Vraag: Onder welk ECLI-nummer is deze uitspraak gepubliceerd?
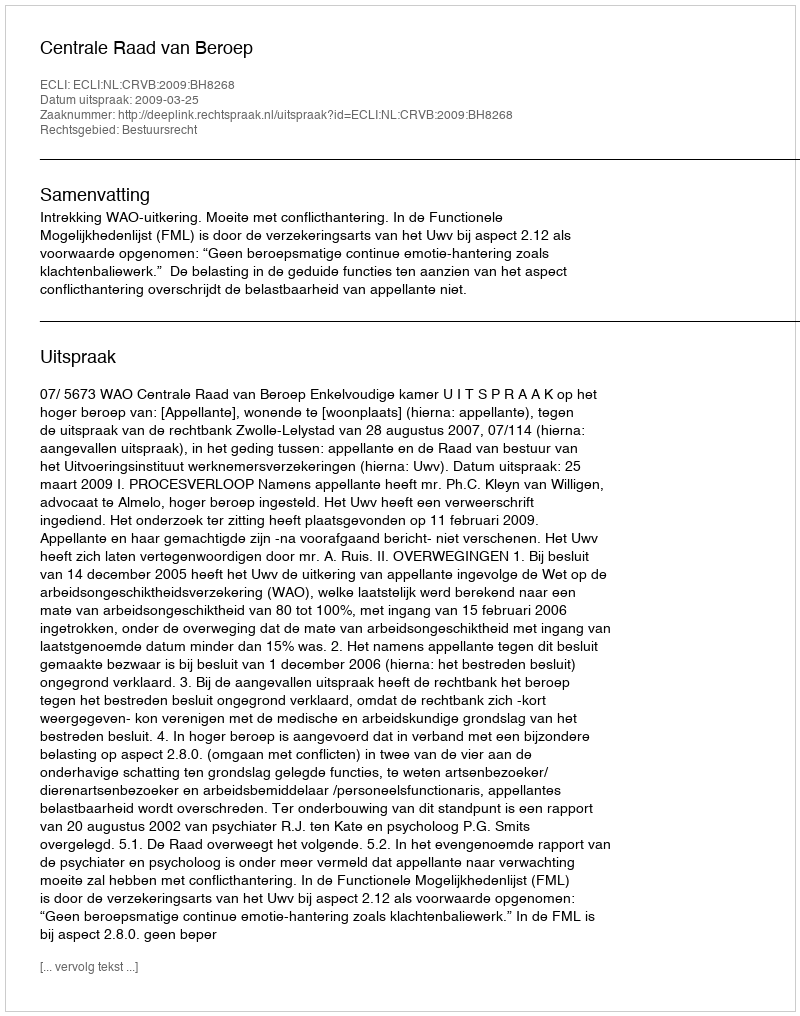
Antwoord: ECLI:NL:CRVB:2009:BH8268